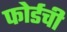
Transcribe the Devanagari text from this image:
फोर्डची